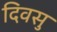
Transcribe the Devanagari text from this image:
दिवसु